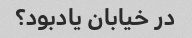
در خیابان یادبود؟